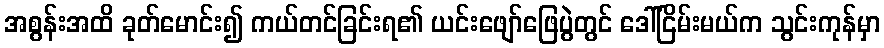
အစွန်းအထိ ခုတ်မောင်း၍ ကယ်တင်ခြင်းရ၏ ယင်းဖျော်ဖြေပွဲတွင် ဒေါ်ငြိမ်းမယ်က သွင်းကုန်မှာ